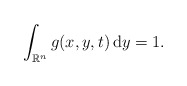
\begin{align*} \int_{\mathbb{R}^{n}}g(x,y,t)\,\mathrm{d}y=1. \end{align*}